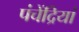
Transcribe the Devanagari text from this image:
पंचेंद्रियां